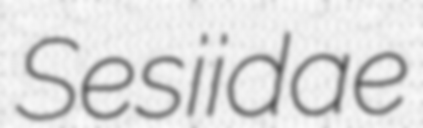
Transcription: Sesiidae